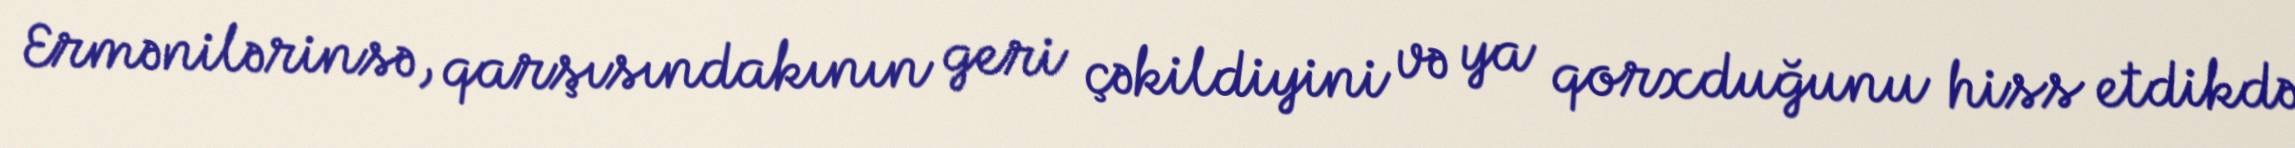
Ermənilərinsə, qarşısındakının geri çəkildiyini və ya qorxduğunu hiss etdikdə